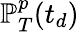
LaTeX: \mathbb{P}_{T}^{p}(t_{d})